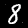
Digit: 8